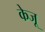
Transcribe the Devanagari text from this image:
केजू